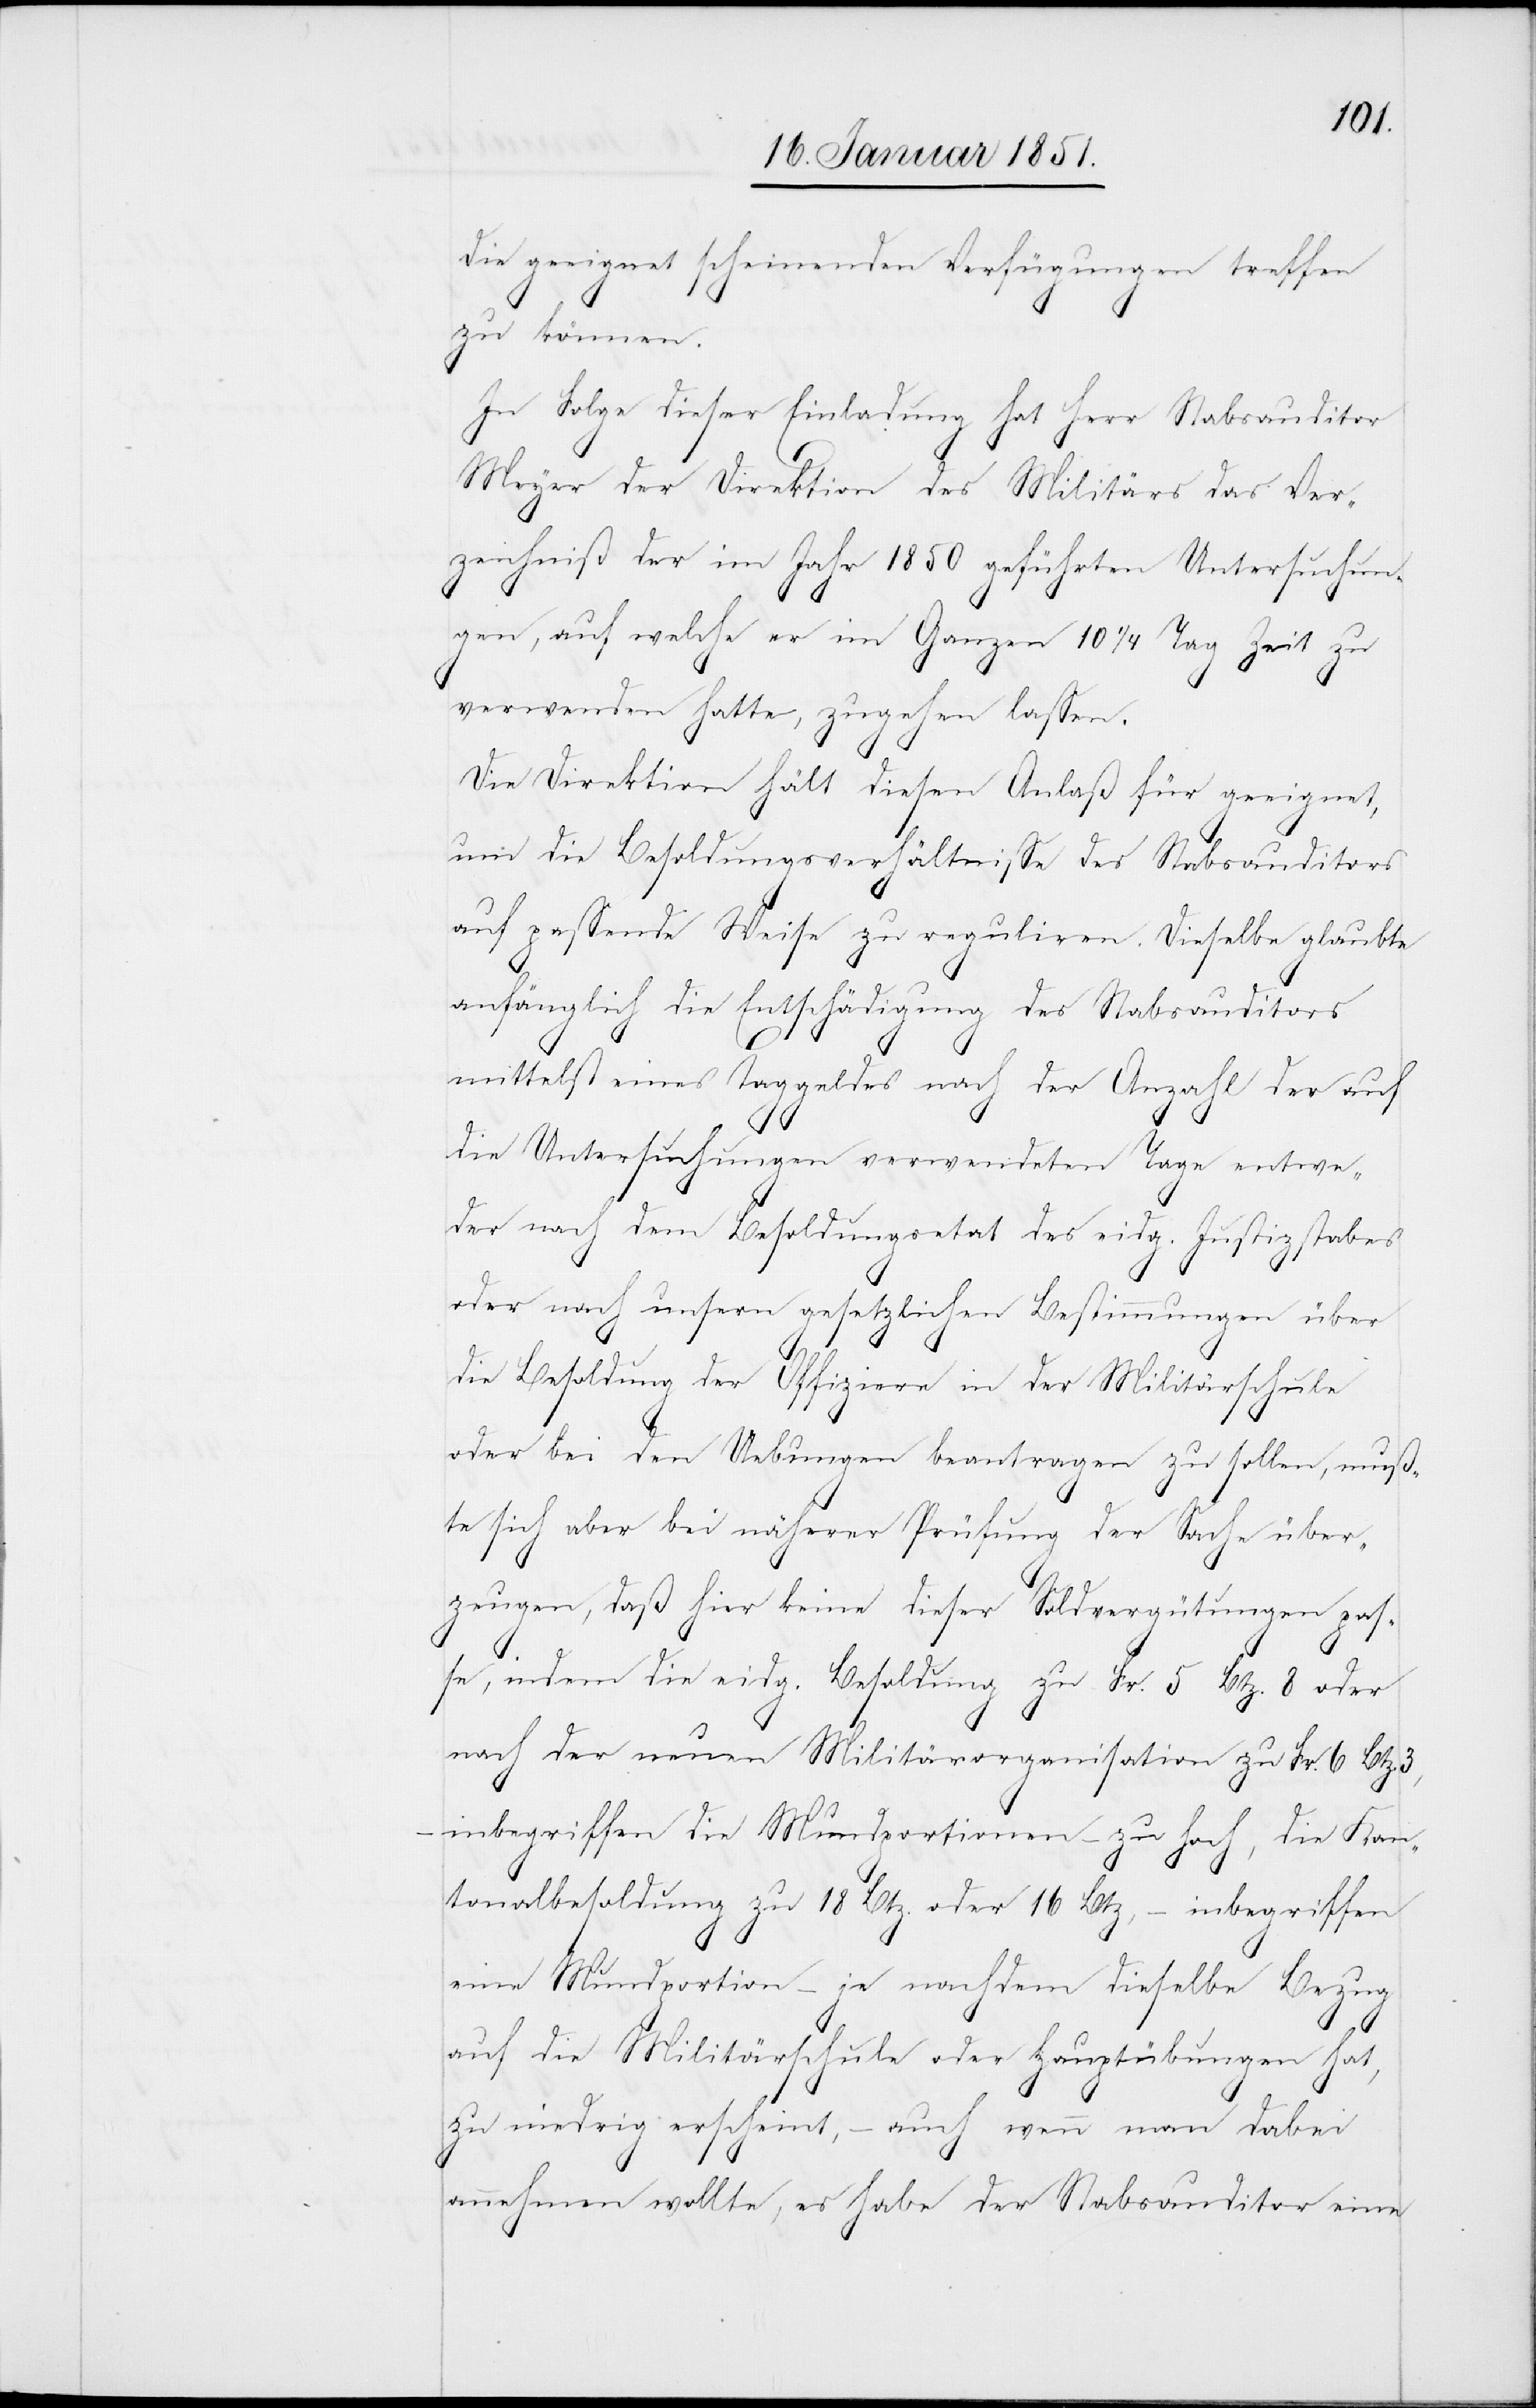
die geeignet scheinenden Verfügungen treffen
zu können.
In Folge dieser Einladung hat Herr Stabsauditor
Meyer der Direktion des Militärs das Ver¬
zeichniß der im Jahr 1850 geführten Untersuchun¬
gen, auf welche er im Ganzen 10 1/4 Tag Zeit zu
verwenden hatte, zugehen lassen.
Die Direktion hält diesen Anlaß für geeignet,
um die Besoldungsverhältnisse des Stabsauditors
auf passende Weise zu reguliren. Dieselbe glaubte
anfänglich die Entschädigung des Stabsauditors
mittelst eines Taggeldes nach der Anzahl der auf
die Untersuchungen verwendeten Tage entwe¬
der nach dem Besoldungsetat des eidg. Justizstabes
oder nach unsern gesetzlichen Bestimmungen über
die Besoldung der Offiziere in der Militärschule
oder bei den Uebungen beantragen zu sollen, muß¬
te sich aber bei näherer Prüfung der Sache über¬
zeugen, daß hier keine dieser Soldvergütungen pas¬
se, indem die eidg. Besoldung zu Fr. 5 Btz. 8 oder
nach der neuen Militärorganisation zu Fr. 6 Btz.
inbegriffen die Mundportionen – zu hoch, die Kan¬
tonalbesoldung zu 18 Btz. oder 16 Btz, – inbegriffen
eine Mundportion – je nachdem dieselbe Bezug
3, –
auf die Militärschule oder Hauptübungen hat,
zu niedrig erscheint, – auch wenn man dabei
annehmen wollte, es habe der Stabsauditor eine